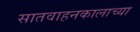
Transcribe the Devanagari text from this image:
सातवाहनकालाच्या